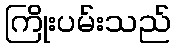
ကြိုးပမ်းသည်